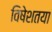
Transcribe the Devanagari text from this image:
विषेशतया